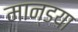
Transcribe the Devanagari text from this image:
मान्डया